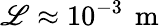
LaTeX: \mathscr{L}\approx10^{-3}\, \mathrm{{~m~}}